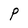
Character: P